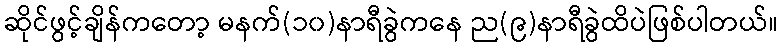
ဆိုင်ဖွင့်ချိန်ကတော့ မနက်(၁၀)နာရီခွဲကနေ ည(၉)နာရီခွဲထိပဲဖြစ်ပါတယ်။